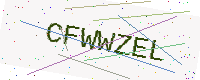
Text: CFWWZEL